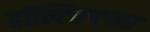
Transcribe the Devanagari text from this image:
हॉल्टिकल्चर